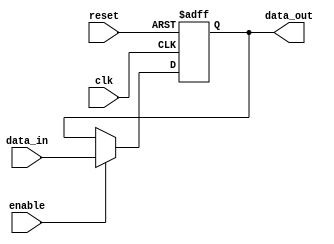
module io_low_power_buffer (
    input wire clk,
    input wire reset,
    input wire enable,
    input wire [7:0] data_in,
    output reg [7:0] data_out
);

reg [7:0] data_reg;

always @(posedge clk or posedge reset) begin
    if (reset) begin
        data_reg <= 8'b0;
    end else begin
        if (enable) begin
            data_reg <= data_in;
        end
    end
end

assign data_out = data_reg;

endmodule